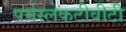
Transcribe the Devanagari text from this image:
पर्मस्लेकटीवीटी